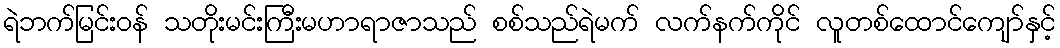
ရဲဘက်မြင်းဝန် သတိုးမင်းကြီးမဟာရာဇာသည် စစ်သည်ရဲမက် လက်နက်ကိုင် လူတစ်ထောင်ကျော်နှင့်